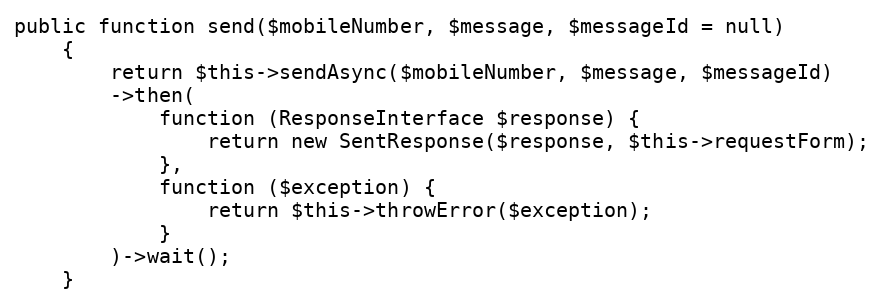
Language: PHP
public function send($mobileNumber, $message, $messageId = null)
    {
        return $this->sendAsync($mobileNumber, $message, $messageId)
        ->then(
            function (ResponseInterface $response) {
                return new SentResponse($response, $this->requestForm);
            },
            function ($exception) {
                return $this->throwError($exception);
            }
        )->wait();
    }